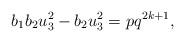
LaTeX: \begin{align*} b_{1}b_{2}u_{3}^{2} - b_{2}u_{3}^{2} = pq^{2k+1},\end{align*}